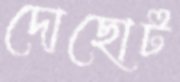
দোছোট